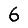
Digit: 6